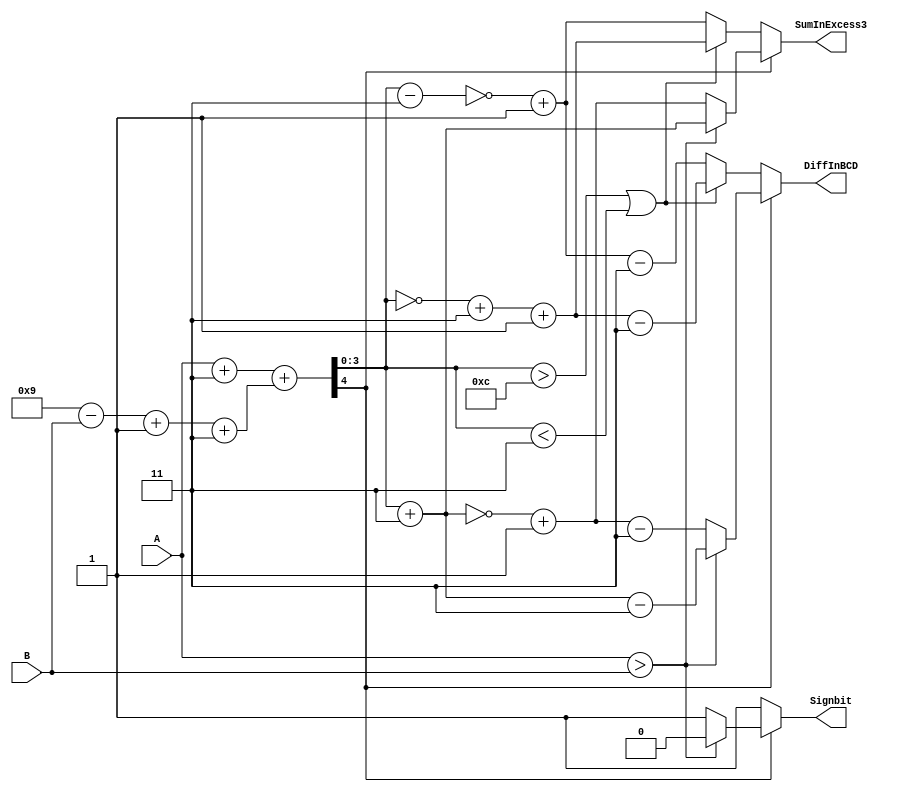
module Sub10sCompEx3(A,B,SumInExcess3,DiffInBCD,Signbit);
input [3:0]A,B;  
output reg [3:0]SumInExcess3,DiffInBCD;
output reg Signbit;
reg [3:0]X3A,X3B,NinesCompOfB;
reg [4:0]Sumout;
always@*
begin
X3A = A + 4'b0011;
NinesCompOfB = (4'b1001 - B + 1) + 4'b0011;

Sumout = X3A + NinesCompOfB;
    if(Sumout[4])
    begin
        if(A>B)
        begin
        SumInExcess3 = (Sumout[3:0] ) + 4'b0011;  
        DiffInBCD = SumInExcess3 - 4'b0011 ;
        Signbit = 0;
        end
        else
        begin
        SumInExcess3 = ~(Sumout[3:0] + 4'b0011) + 1;  
        DiffInBCD = SumInExcess3 - 4'b0011 ;
        Signbit = 1;
        end
    end
    else
    begin
        if(Sumout[3:0] > 4'b1100 || Sumout[3:0] < 4'b0011)
        begin
        SumInExcess3 = ~(Sumout[3:0]) + 4'b0011 + 1;  
        DiffInBCD =  (SumInExcess3 - 4'b0011) ;
        Signbit = 1;
        end   
        else
        begin
        SumInExcess3 =  ~(Sumout[3:0] - 4'b0011) + 1;  
        DiffInBCD =  (SumInExcess3 - 4'b0011);
        Signbit = 1;
        end
     end
end
endmodule